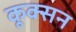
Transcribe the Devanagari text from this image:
कूक्सन